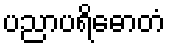
ပညာပရိဓောတံ